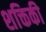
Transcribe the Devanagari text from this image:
शक्तिकी